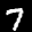
Label: 7